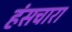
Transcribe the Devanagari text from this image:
हंसचारा